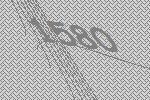
1580